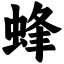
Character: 蜂